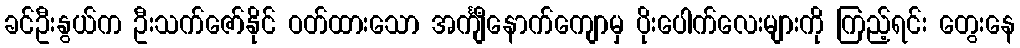
ခင်ဦးနွယ်က ဦးသက်ဇော်နိုင် ဝတ်ထားသော အင်္ကျီနောက်ကျောမှ ပိုးပေါက်လေးများကို ကြည့်ရင်း တွေးနေ